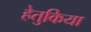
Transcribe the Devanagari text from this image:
हेतुकिया